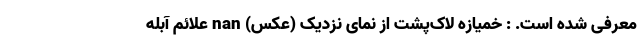
معرفی شده است. : خمیازه لاک‌پشت از نمای نزدیک (عکس) nan علائم آبله